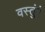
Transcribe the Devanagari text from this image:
वस्तुंएं